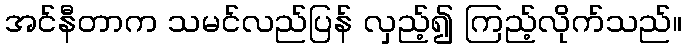
အင်နီတာက သမင်လည်ပြန် လှည့်၍ ကြည့်လိုက်သည်။